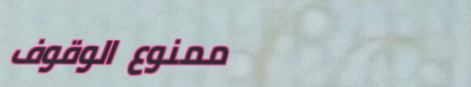
ممنوع الوقوف